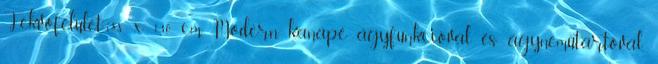
Fekvőfelület:188 x 130 cm Modern kanapé ágyfunkcióval és ágyneműtartóval,